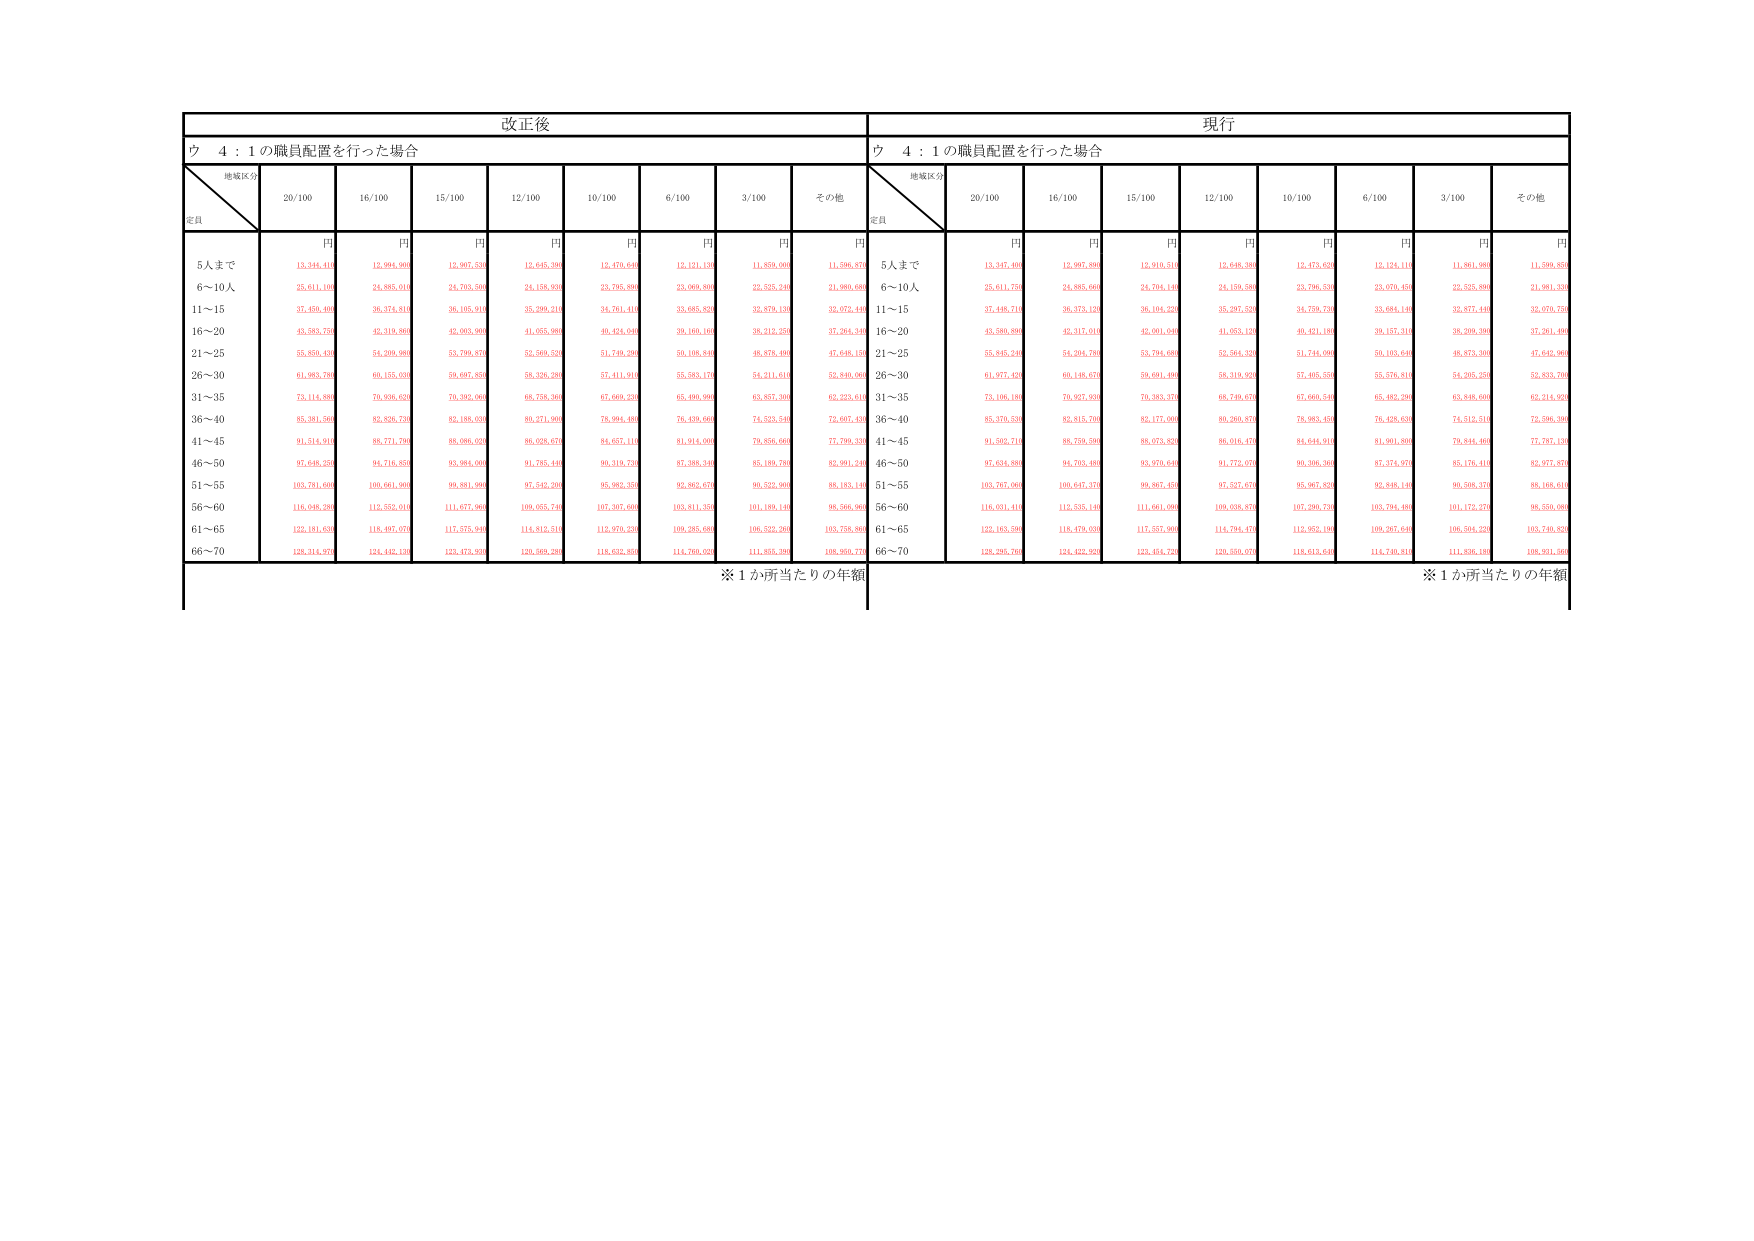
改正後
現行
ウ 4：1の職員配置を行った場合
ウ 4：1の職員配置を行った場合
地域区分
定員
20/100
16/100
15/100
12/100
10/100
6/100
3/100
その他
地域区分
定員
20/100
16/100
15/100
12/100
10/100
6/100
3/100
その他
円
円
円
円
円
円
円
円
円
円
円
円
円
円
円
円
円
円
5人まで
13,348,410
12,994,990
12,967,530
12,645,390
12,470,640
12,121,120
11,859,060
11,596,870
5人まで
13,347,460
12,997,890
12,910,510
12,648,380
12,473,620
12,124,110
11,901,990
11,599,850
6～10人
25,611,100
24,885,940
24,793,500
24,158,930
23,795,800
23,069,800
22,535,240
21,960,600
6～10人
25,611,750
24,885,660
24,794,140
24,159,580
23,796,550
23,070,450
22,535,890
21,961,330
11～15
37,450,400
36,374,810
36,105,910
35,299,210
34,761,410
33,685,820
32,879,120
32,072,440
11～15
37,448,710
36,373,120
36,104,220
35,297,520
34,759,730
33,684,140
32,877,440
32,070,750
16～20
43,583,750
42,319,860
42,063,990
41,055,980
40,424,040
39,160,160
38,212,250
37,264,340
16～20
43,589,890
42,317,010
42,061,040
41,053,120
40,421,180
39,157,310
38,209,390
37,261,490
21～25
55,850,430
54,209,980
53,799,870
52,569,520
51,749,290
50,108,840
48,878,490
47,648,150
21～25
55,845,240
54,204,780
53,794,680
52,564,330
51,744,090
50,103,640
48,873,300
47,642,960
26～30
61,983,780
60,155,930
59,697,850
58,326,280
57,411,910
55,583,170
54,211,610
52,840,060
26～30
61,977,420
60,148,670
59,691,400
58,319,920
57,405,550
55,576,810
54,205,250
52,833,700
31～35
73,114,880
70,936,820
70,392,060
68,734,360
67,669,230
65,490,990
63,837,360
62,223,610
31～35
73,106,180
70,927,830
70,383,370
68,740,670
67,669,540
65,482,260
63,848,600
62,214,520
36～40
85,381,560
82,826,730
82,188,030
80,271,900
78,994,480
76,439,660
74,823,540
72,607,430
36～40
85,370,530
82,815,700
82,177,000
80,260,870
78,983,450
76,428,630
74,812,510
72,596,390
41～45
91,514,910
88,771,790
88,086,020
86,028,670
84,657,110
81,914,000
79,856,660
77,799,330
41～45
91,502,710
88,759,590
88,073,820
86,016,470
84,644,910
81,901,800
79,844,460
77,787,130
46～50
97,646,250
94,716,850
93,984,040
91,765,440
90,319,730
87,388,340
85,189,740
82,991,240
46～50
97,634,880
94,703,480
93,970,640
91,772,670
90,306,360
87,374,970
85,176,410
82,977,870
51～55
103,781,600
100,661,900
99,881,990
97,542,200
95,983,350
92,862,670
90,532,960
88,183,140
51～55
103,767,060
100,647,370
99,867,450
97,527,670
95,967,820
92,846,140
90,508,370
88,168,610
56～60
118,640,280
112,552,810
111,677,960
109,055,740
107,307,600
103,811,350
101,189,140
98,566,940
56～60
118,631,410
112,535,140
111,661,090
109,038,870
107,290,730
103,794,480
101,172,270
98,550,060
61～65
122,181,630
118,997,070
117,375,940
114,812,510
112,970,230
109,285,680
106,522,260
103,758,860
61～65
122,163,590
118,479,030
117,357,900
114,794,470
112,952,190
109,267,640
106,504,220
103,740,820
66～70
128,314,970
124,442,130
123,473,590
120,568,280
118,632,850
114,760,020
111,855,790
108,950,730
66～70
128,293,760
124,422,920
123,454,720
120,550,070
118,613,640
114,740,810
111,836,190
108,931,560
※1か所当たりの年額
※1か所当たりの年額